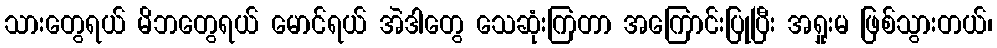
သားတွေရယ် မိဘတွေရယ် မောင်ရယ် အဲဒါတွေ သေဆုံးကြတာ အကြောင်းပြုပြီး အရှုးမ ဖြစ်သွားတယ်၊